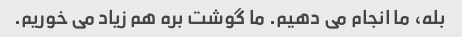
بله، ما انجام می دهیم. ما گوشت بره هم زیاد می خوریم.